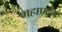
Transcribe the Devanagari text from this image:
महाप्रदेश